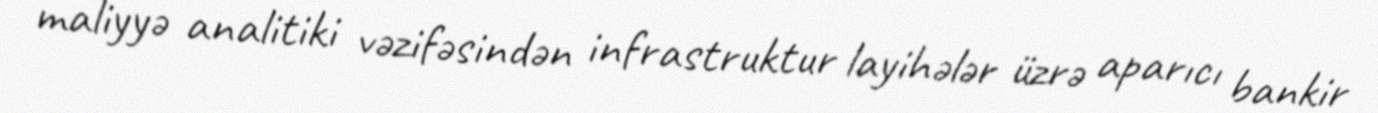
maliyyə analitiki vəzifəsindən infrastruktur layihələr üzrə aparıcı bankir